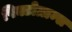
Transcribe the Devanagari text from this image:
पिक्टोग्राम्स